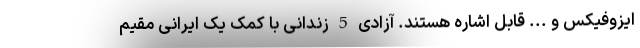
ایزوفیکس و ... قابل اشاره هستند. آزادی 5 زندانی با کمک یک ایرانی مقیم